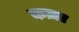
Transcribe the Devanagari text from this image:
कज़ए